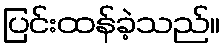
ပြင်းထန်ခဲ့သည်။